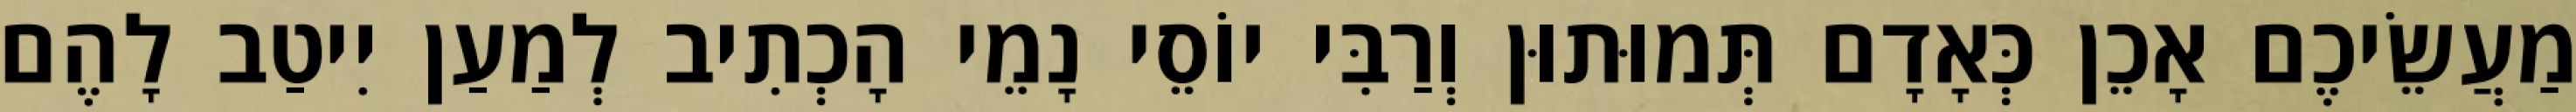
מַעֲשֵׂיכֶם אָכֵן כְּאָדָם תְּמוּתוּן וְרַבִּי יוֹסֵי נָמֵי הָכְתִיב לְמַעַן יִיטַב לָהֶם